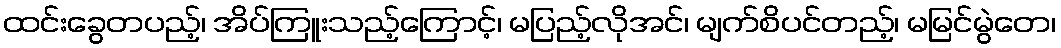
ထင်းခွေတပည့်၊ အိပ်ကြူးသည့်ကြောင့်၊ မပြည့်လိုအင်၊ မျက်စိပင်တည့်၊ မမြင်မွဲတေ၊